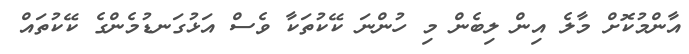
އާންމުކޮށް މާލެ އިން ލިބެން މި ހުންނަ ކޭކުތަކާ ވެސް އަޅުގަނޑުމެންގެ ކޭކުތައް